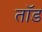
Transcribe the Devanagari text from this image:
तॉड